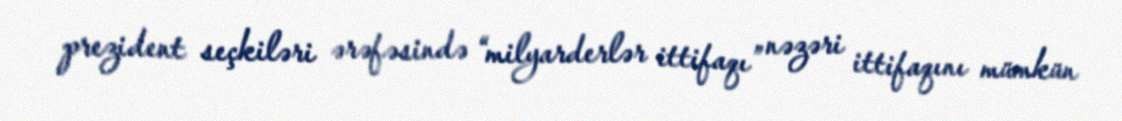
prezident seçkiləri ərəfəsində “milyarderlər ittifaqı” nəzəri ittifaqını mümkün